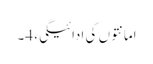
امانتوں کی ادائیگی، 4۔